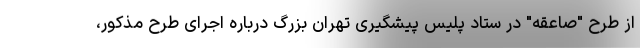
از طرح "صاعقه" در ستاد پلیس پیشگیری تهران بزرگ درباره اجرای طرح مذکور،